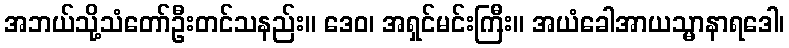
အဘယ်သို့သံတော်ဦးတင်သနည်း။ ဒေဝ၊ အရှင်မင်းကြီး။ အယံခေါအာယသ္မာနာရဒေါ၊